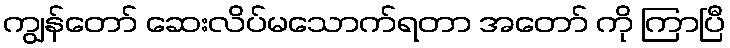
ကျွန်တော် ဆေးလိပ်မသောက်ရတာ အတော် ကို ကြာပြီ